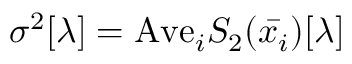
\sigma ^ { 2 } [ \lambda ] = \mathrm { A v e } _ { i } S _ { 2 } ( \bar { x _ { i } } ) [ \lambda ]